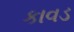
કાવડ